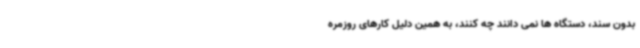
بدون سند، دستگاه ها نمی دانند چه کنند، به همین دلیل کارهای روزمره